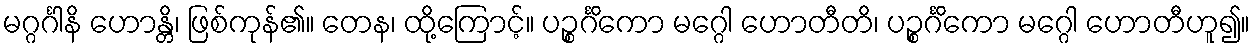
မဂ္ဂင်္ဂါနိ ဟောန္တိ၊ ဖြစ်ကုန်၏။ တေန၊ ထို့ကြောင့်။ ပဉ္စင်္ဂိကော မဂ္ဂေါ ဟောတီတိ၊ ပဉ္စင်္ဂိကော မဂ္ဂေါ ဟောတီဟူ၍။